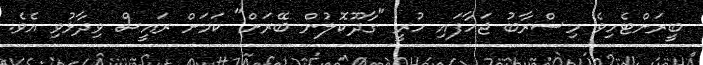
ބީރަށްޓެހިވެ މިސްރާބު ޖަހާފައި ހުރީ "ގާދޫކޮލުން ބޭރަށް" ކަމަށް ރައީސް ވިދާޅުވި އެވެ.